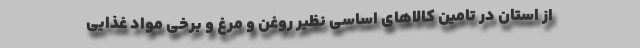
از استان در تامین کالاهای اساسی نظیر روغن و مرغ و برخی مواد غذایی